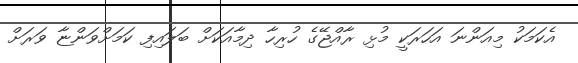
އެކަމަކު މިއަންނަ އަހަރަކީ މުޅި ރާއްޖޭގެ ހުރިހާ ދިމާއަކަށް ބަލައިފި ކަމަށްވަންޏާ ވަރަށް